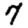
Digit: 7